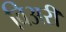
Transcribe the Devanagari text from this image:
विअरी